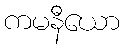
ကမနီယော